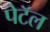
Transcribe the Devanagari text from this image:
पेटॅल